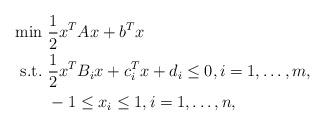
LaTeX: \begin{align*}\begin{aligned}\min&\ \frac{1}{2}x^TAx+b^Tx\\\mbox{s.t.}&\ \frac{1}{2}x^TB_ix+c_i^Tx+d_i\leq0,i=1,\dots,m,\\&\ -1\leq x_i \leq1, i=1,\dots,n,\end{aligned}\end{align*}